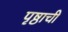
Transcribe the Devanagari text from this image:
पृष्ठाची